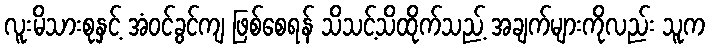
လူးမိသားစုနှင့် အံဝင်ခွင်ကျ ဖြစ်စေရန် သိသင့်သိထိုက်သည့် အချက်များကိုလည်း သူက